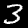
Digit: 3